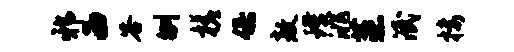
邪西答刎槎保敖璞洮蒸泯楼